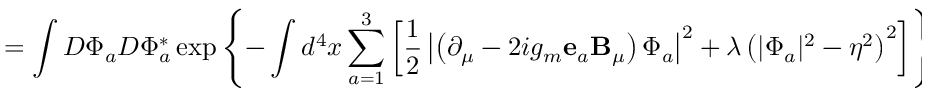
= \int D \Phi _ { a } D \Phi _ { a } ^ { * } \exp \left\{ - \int d ^ { 4 } x \sum _ { a = 1 } ^ { 3 } \left[ \frac 1 2 \left| \left( \partial _ { \mu } - 2 i g _ { m } { \bf e } _ { a } { \bf B } _ { \mu } \right) \Phi _ { a } \right| ^ { 2 } + \lambda \left( | \Phi _ { a } | ^ { 2 } - \eta ^ { 2 } \right) ^ { 2 } \right] \right\} ,